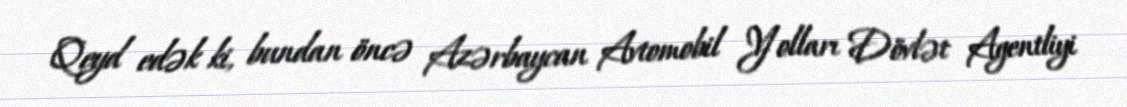
Qeyd edək ki, bundan öncə Azərbaycan Avtomobil Yolları Dövlət Agentliyi